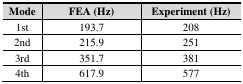
<table><thead><tr><td><b>Mode</b></td><td><b>FEA (Hz)</b></td><td><b>Experiment (Hz)</b></td></tr></thead><tbody><tr><td>1st</td><td>193.7</td><td>208</td></tr><tr><td>2nd</td><td>215.9</td><td>251</td></tr><tr><td>3rd</td><td>351.7</td><td>381</td></tr><tr><td>4th</td><td>617.9</td><td>577</td></tr></tbody></table>